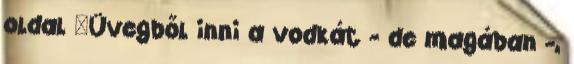
oldal "Üvegből inni a vodkát - de magában -,